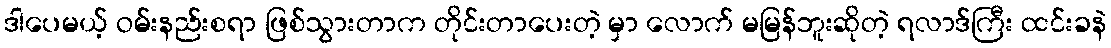
ဒါပေမယ့် ဝမ်းနည်းစရာ ဖြစ်သွားတာက တိုင်းတာပေးတဲ့ မှာ လောက် မမြန်ဘူးဆိုတဲ့ ရလာဒ်ကြီး ထင်းခနဲ